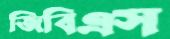
জিবিএস